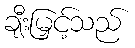
ချီးမြှင့်သည်